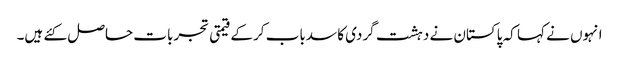
انہوں نے کہا کہ پاکستان نے دہشت گردی کا سدباب کرکے قیمتی تجربات حاصل کئے ہیں۔